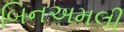
બિનઅમલી